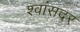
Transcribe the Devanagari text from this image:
श्वांसदर